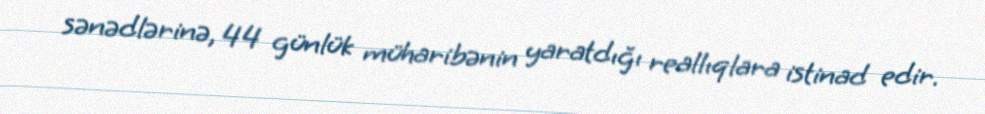
sənədlərinə, 44 günlük müharibənin yaratdığı reallıqlara istinad edir.